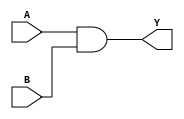
`timescale 1ns / 1ps


module and_top 
    #(parameter BUS_WIDTH = 8)
    (
        input [BUS_WIDTH - 1 : 0] A, 
        input [BUS_WIDTH - 1 : 0] B, 
        output [BUS_WIDTH - 1 : 0] Y
    );
    
    assign Y = A & B; 
    
endmodule